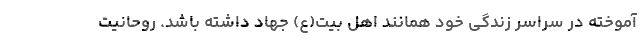
آموخته در سراسر زندگی خود همانند اهل بیت(ع) جهاد داشته باشد. روحانیت